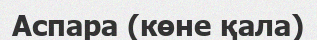
Аспара (көне қала)